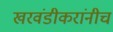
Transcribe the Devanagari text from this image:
खरवंडीकरांनीच